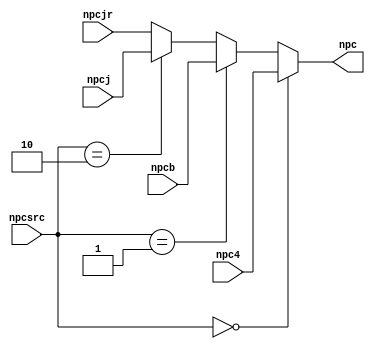
`timescale 1ns / 1ps
//////////////////////////////////////////////////////////////////////////////////
// Company: 
// Engineer: 
// 
// Design Name: 
// Module Name:    NPCSRC 
// Project Name: 
// Target Devices: 
// Tool versions: 
// Description: 
//
// Dependencies: 
//
// Revision: 
// Revision 0.01 - File Created
// Additional Comments: 
//
//////////////////////////////////////////////////////////////////////////////////
module NPC_SRC(
	 input [1:0] npcsrc,
	 input [31:0] npc4,
	 input [31:0] npcb,
	 input [31:0] npcj,
	 input [31:0] npcjr,
	 output [31:0] npc
    );
	 
	 assign npc = npcsrc==2'b00 ? npc4 :
					  (npcsrc==2'b01 ? npcb :
					  (npcsrc==2'b10 ? npcj : npcjr));


endmodule